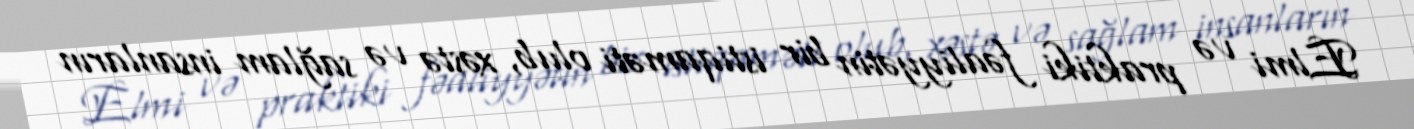
Elmi və praktiki fəaliyyətin bir istiqaməti olub, xəstə və sağlam insanların